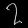
Digit: ၇